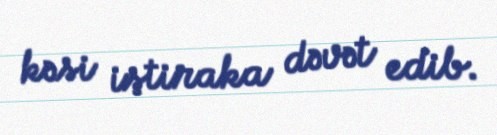
kəsi iştiraka dəvət edib.